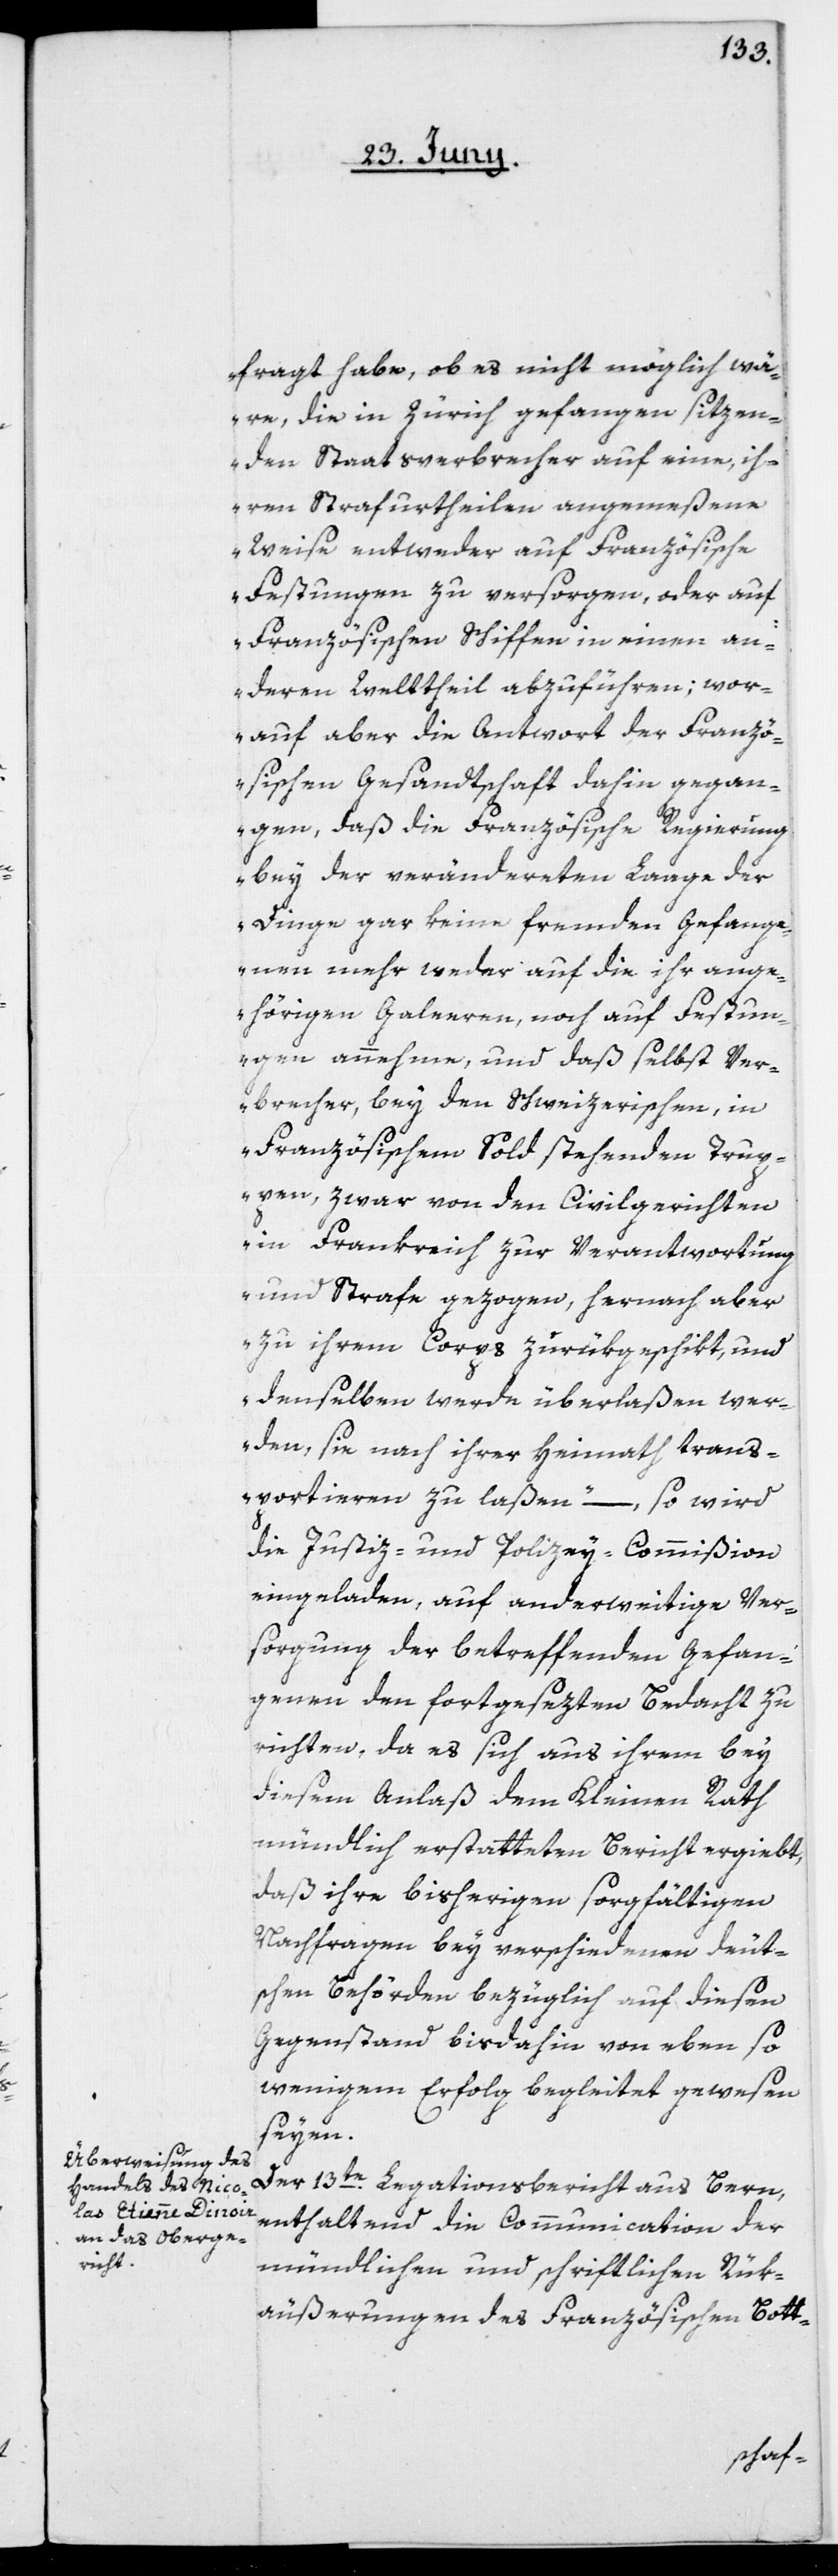
fragt habe, ob es nicht möglich wä¬
re, die in Zürich gefangen sitzen¬
den Staatsverbrecher auf eine, ih¬
ren Strafurtheilen angemeßene
Weise entweder auf Französische
Festungen zu versorgen, oder auf
Französischen Schiffen in einen an¬
dern Welttheil abzuführen; wor¬
auf aber die Antwort der Franzö¬
sischen Gesandtschaft dahin gegan¬
gen, daß die Französische Regierung
bey der verändereten Lage der
Dinge gar keine fremden Gefange¬
nen mehr weder auf die ihr ange¬
hörigen Galeeren, noch auf Festun¬
gen annehme, und daß selbst Ver¬
brecher, bey den Schweizerischen, in
Französischem Sold stehenden Trup¬
pen, zwar von den Civilgerichten
in Frankreich zur Verantwortung
und Strafe gezogen, hernach aber
zu ihrem Corps zurükgeschikt, und
denselben werde überlaßen wer¬
den, sie nach ihrer Heimath trans¬
portieren zu laßen“, – so wird
die Justiz- und Polizey-Commißion
eingeladen, auf anderweitige Ver¬
sorgung der betreffenden Gefan¬
genen den fortgesezten Bedacht zu
richten, da es sich aus ihrem bey
diesem Anlaß dem Kleinen Rath
mündlich erstatteten Bericht ergiebt,
daß ihre bisherigen sorgfältigen
Nachfragen bey verschiedenen deut¬
schen Behörden bezüglich auf diesen
Gegenstand bisdahin von eben so
wenigem Erfolg begleitet gewesen
seyen.
Der 13te Legationsbericht aus Bern,
enthaltend die Communication der
mündlichen und schriftlichen Rük¬
äußerungen des Französischen Bott-